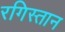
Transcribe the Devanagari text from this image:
रगिस्तान